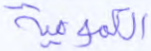
الكمومية